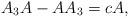
LaTeX: \begin{align*}A_{3}A-AA_{3}=cA,\end{align*}